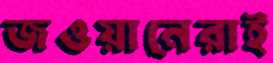
জওয়ানেরাই